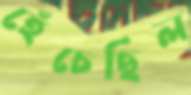
হেঁচেছিল